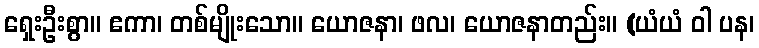
ရှေးဦးစွာ။ ဧကာ၊ တစ်မျိုးသော။ ယောဇနာ၊ ဖလ၊ ယောဇနာတည်း။ (ယံယံ ဝါ ပန၊